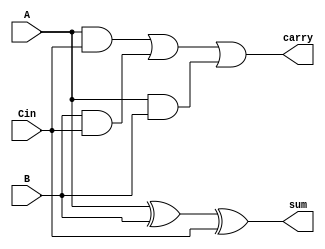
// This program was cloned from: https://github.com/aryanmahawar205/ModelSim-IntelFPGA
// License: GNU General Public License v3.0

//Structural Modelling on Full Adder

module exp_str(sum, carry, A, B, Cin);
input A, B, Cin; output sum, carry;
xor g1(sum, A, B, Cin);
wire y1, y2, y3;
and g2(y1, A, Cin);
and g3(y2, B, Cin);
and g4(y3, A, B);
or g5(carry, y1, y2, y3);
endmodule